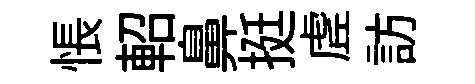
悵軺鼻挺虗訪